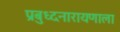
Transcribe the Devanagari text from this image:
प्रबुध्दनारायणाला